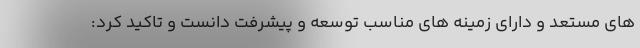
های مستعد و دارای زمینه های مناسب توسعه و پیشرفت دانست و تاکید کرد: